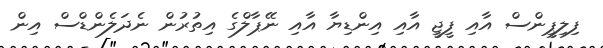
ފިލިޕީންސް އާއި ފީޖީ އާއި އިންޑިޔާ އާއި ނޭޕާލްގެ އިތުރުން ނެދަލެންޑްސް އިން